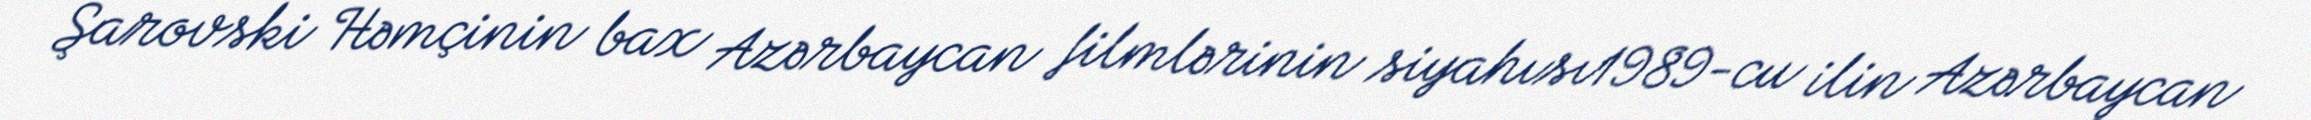
Şarovski Həmçinin bax Azərbaycan filmlərinin siyahısı1989-cu ilin Azərbaycan